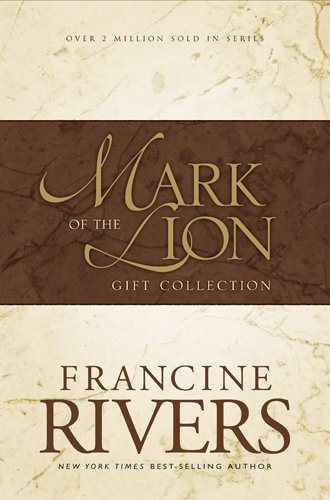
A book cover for Mark of the Lion : A Voice in the Wind, An Echo in the Darkness, As Sure As the Dawn (Vol 1-3); Francine Rivers; Romance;